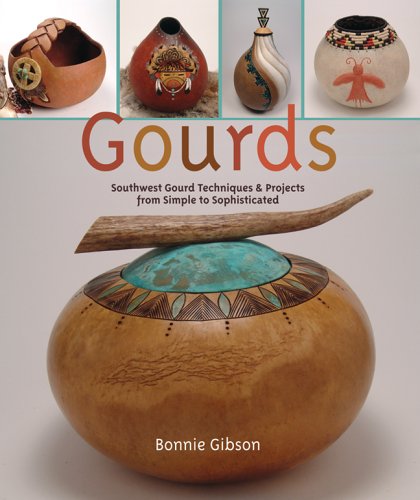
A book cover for Gourds: Southwest Gourd Techniques & Projects from Simple to Sophisticated; Bonnie Gibson; Crafts, Hobbies & Home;